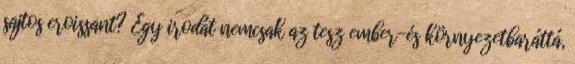
sajtos croissant? Egy irodát nemcsak az tesz ember-és környezetbaráttá,